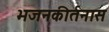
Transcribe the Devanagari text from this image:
भजनकीर्तनास